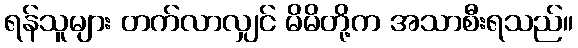
ရန်သူများ တက်လာလျှင် မိမိတို့က အသာစီးရသည်။